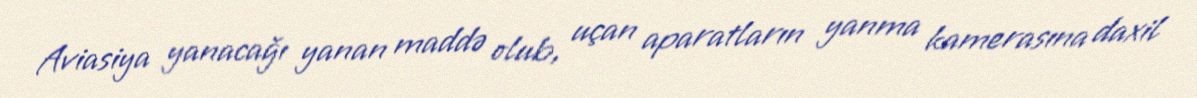
Aviasiya yanacağı yanan maddə olub, uçan aparatların yanma kamerasına daxil